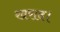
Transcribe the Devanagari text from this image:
खराद।